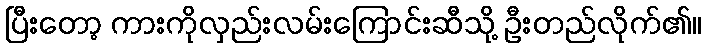
ပြီးတော့ ကားကိုလှည်းလမ်းကြောင်းဆီသို့ ဦးတည်လိုက်၏။